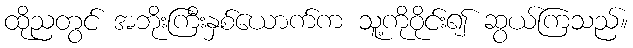
ထိုညတွင် အဘိုးကြီးနှစ်ယောက်က သူ့ကိုဝိုင်း၍ ဆွယ်ကြသည်။